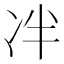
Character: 冸